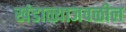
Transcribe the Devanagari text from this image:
खंडाळ्याजवळील